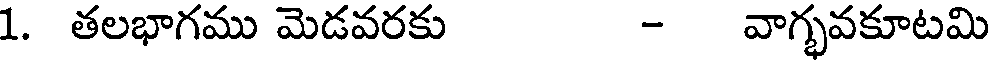
1. తలభాగము మెడవరకు - వాగ్భవకూటమి